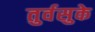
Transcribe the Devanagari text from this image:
तुर्वसुके